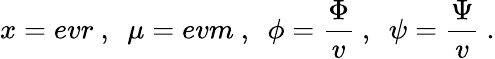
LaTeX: x=evr\ ,\ \ \mu=evm\ ,\ \ \phi=\frac{\Phi}{v}\ ,\ \ \psi=\frac{\Psi}{v}\ .